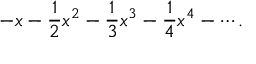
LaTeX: - x - { \frac { 1 } { 2 } } x ^ { 2 } - { \frac { 1 } { 3 } } x ^ { 3 } - { \frac { 1 } { 4 } } x ^ { 4 } - \cdots .